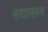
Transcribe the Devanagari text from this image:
रयासन